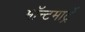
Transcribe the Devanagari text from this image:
मॉन्टमार्ट्रे